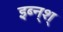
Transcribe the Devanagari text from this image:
इब्न्‌श्